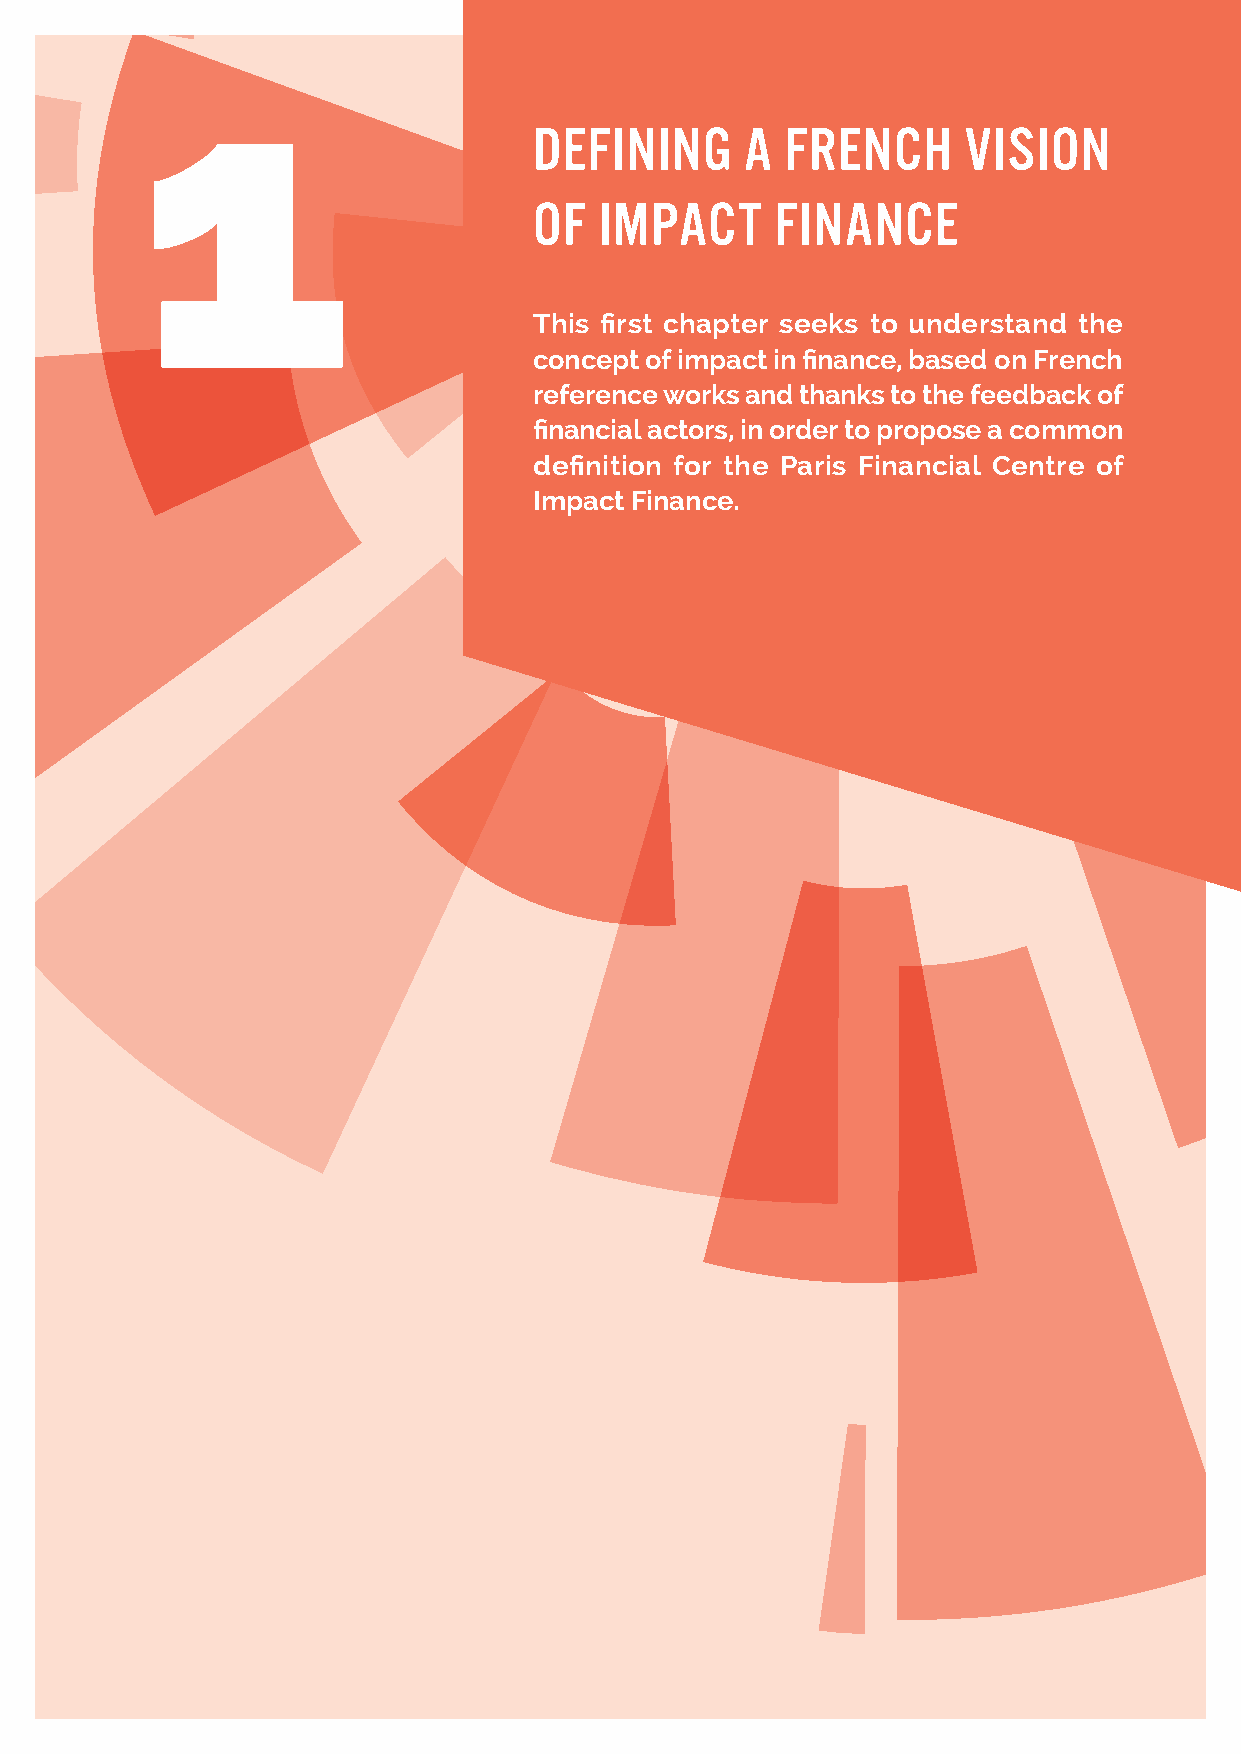
I. DEFINING A FRENCH VISION OF IMPACT FINANCE
 1
 DEFINING      A  FRENCH      VISION
 OF   IMPACT     FINANCE
 This first chapter seeks to understand the
 concept of impact in finance, based on French
 reference works and thanks to the feedback of
 financial actors, in order to propose a common
 definition for the Paris Financial Centre of
 Impact Finance.
 FINANCE FOR TOMORROW
 DEFINITION OF IMPACT FINANCE                                 11